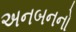
અનબનનો